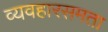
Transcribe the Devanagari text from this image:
व्यवहारसमता